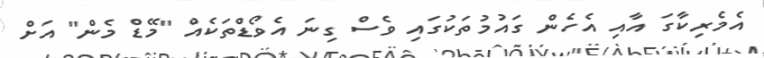
އެމެރިކާގަ އާއި އެހެން ގައުމުތަކުގައި ވެސް ގިނަ އެވޯޑްތަކެއް "މޭޑް މެން" އަށް